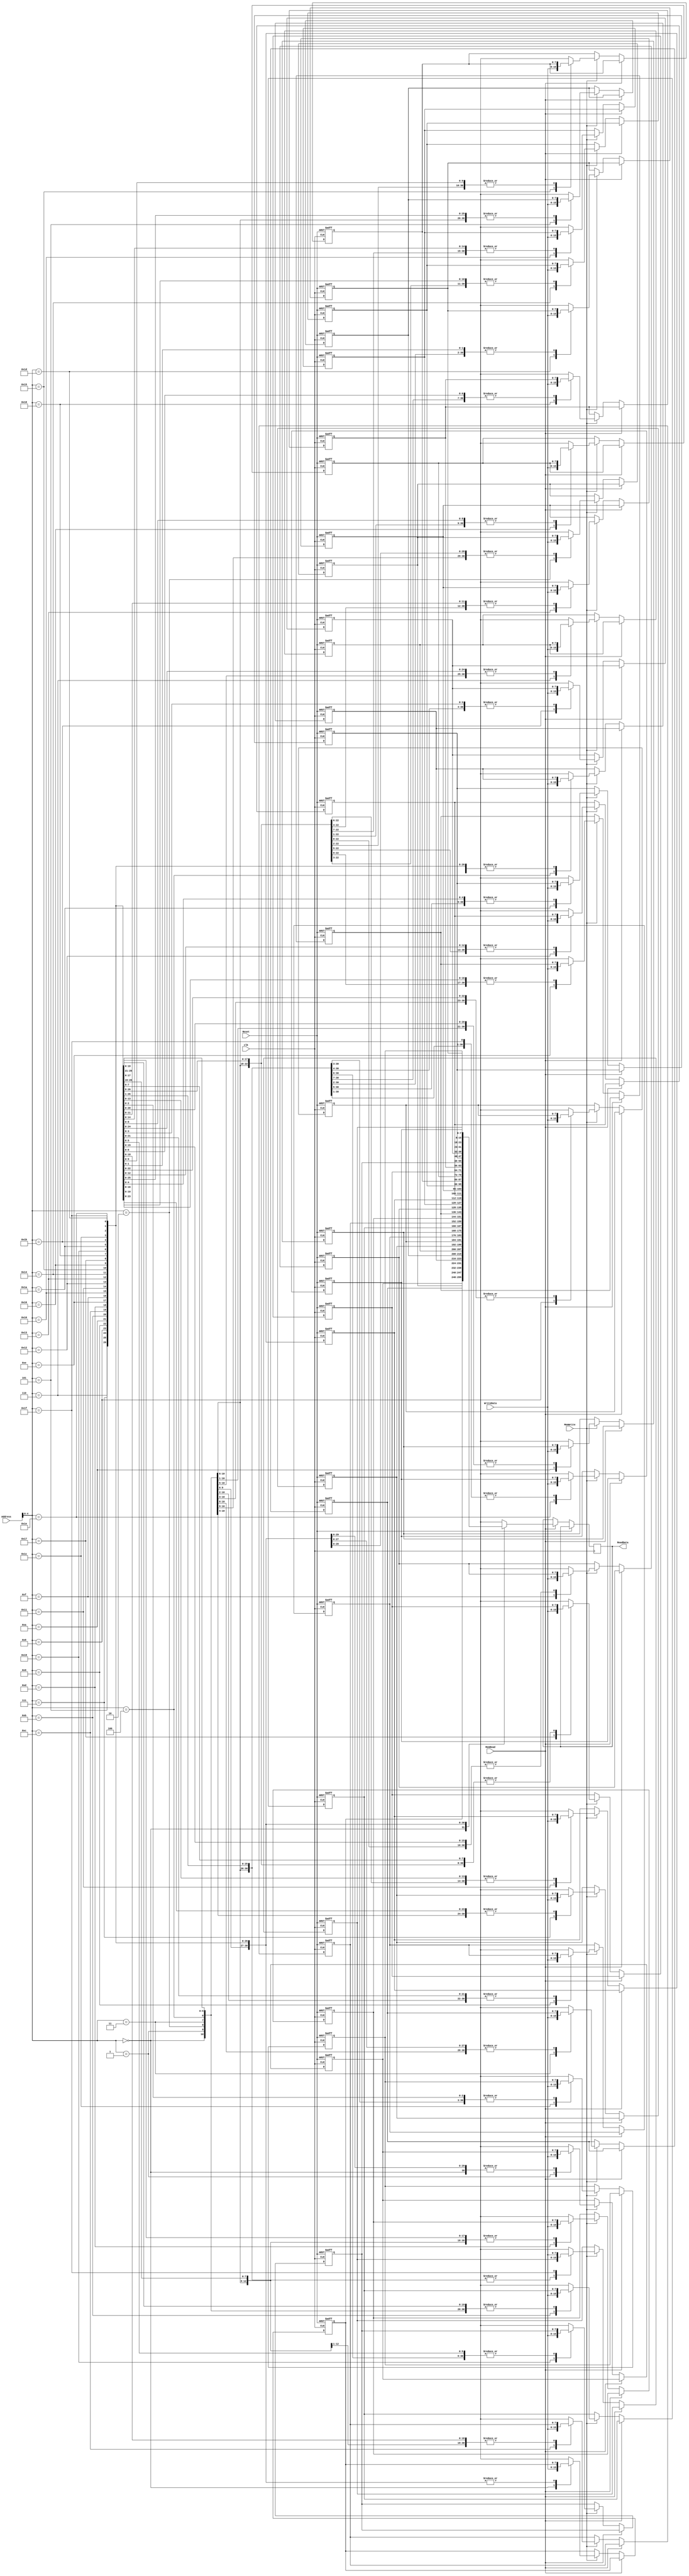
`timescale 1ns / 1ps
//////////////////////////////////////////////////////////////////////////////////
// Company: 
// Engineer: 
// 
// Design Name: 
// Module Name:    DataMemory 
// Project Name: 
// Target Devices: 
// Tool versions: 
// Description: 
//
// Dependencies: 
//
// Revision: 
// Revision 0.01 - File Created
// Additional Comments: 
//
//////////////////////////////////////////////////////////////////////////////////
module DataMemory(
	input [7:0] Address,
	input [7:0] WriteData,
	input MemRead,
	input MemWrite,
	input Reset,
	input clk,
	output reg [7:0] ReadData
   );


	reg [7:0] Memory[31:0];

	initial begin
		Memory[0] = 8'd0;
		Memory[1] = 8'd1;
		Memory[2] = 8'd2;
		Memory[3] = 8'd3;
		Memory[4] = 8'd4;
		Memory[5] = 8'd5;
		Memory[6] = 8'd6;
		Memory[7] = 8'd7;
		Memory[8] = 8'd8;
		Memory[9] = 8'd9;
		Memory[10] = 8'd10;
		Memory[11] = 8'd11;
		Memory[12] = 8'd12;
		Memory[13] = 8'd13;
		Memory[14] = 8'd14;
		Memory[15] = 8'd15;

		Memory[16] = 8'd0;
		Memory[17] = -8'd1;
		Memory[18] = -8'd2;
		Memory[19] = -8'd3;
		Memory[20] = -8'd4;
		Memory[21] = -8'd5;
		Memory[22] = -8'd6;
		Memory[23] = -8'd7;
		Memory[24] = -8'd8;
		Memory[25] = -8'd9;
		Memory[26] = -8'd10;
		Memory[27] = -8'd11;
		Memory[28] = -8'd12;
		Memory[29] = -8'd13;
		Memory[30] = -8'd14;
		Memory[31] = -8'd15;
	
	end



	always@ (posedge Reset or posedge clk)
		begin
			if(Reset) begin
				Memory[0] = 8'd0;
				Memory[1] = 8'd1;
				Memory[2] = 8'd2;
				Memory[3] = 8'd3;
				Memory[4] = 8'd4;
				Memory[5] = 8'd5;
				Memory[6] = 8'd6;
				Memory[7] = 8'd7;
				Memory[8] = 8'd8;
				Memory[9] = 8'd9;
				Memory[10] = 8'd10;
				Memory[11] = 8'd11;
				Memory[12] = 8'd12;
				Memory[13] = 8'd13;
				Memory[14] = 8'd14;
				Memory[15] = 8'd15;

				Memory[16] = 8'd0;
				Memory[17] = -8'd1;
				Memory[18] = -8'd2;
				Memory[19] = -8'd3;
				Memory[20] = -8'd4;
				Memory[21] = -8'd5;
				Memory[22] = -8'd6;
				Memory[23] = -8'd7;
				Memory[24] = -8'd8;
				Memory[25] = -8'd9;
				Memory[26] = -8'd10;
				Memory[27] = -8'd11;
				Memory[28] = -8'd12;
				Memory[29] = -8'd13;
				Memory[30] = -8'd14;
				Memory[31] = -8'd15;
			end
		
			else begin
				if(MemRead) begin
						ReadData = Memory[Address];
				end
				else if(MemWrite) begin
						Memory[Address] = WriteData;
				end
			end
		end
	endmodule